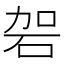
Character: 䂟